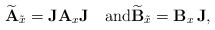
\begin{align*} \widetilde {\bf A}_{\tilde x}={\bf J}{\bf A}_x {\bf J} \quad\hbox{and}\widetilde{\bf B}_{\tilde x}={\bf B}_x\,{\bf J}, \end{align*}